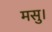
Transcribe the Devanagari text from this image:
मसु।